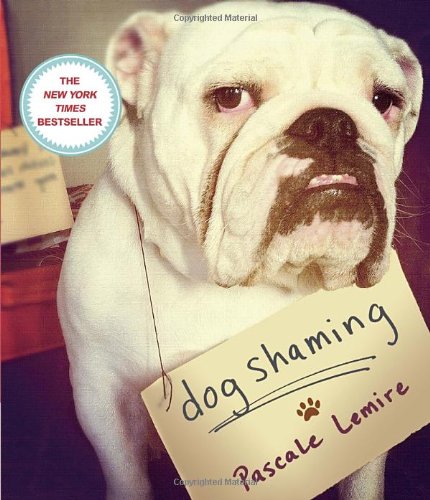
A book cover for Dog Shaming; Pascale Lemire; Humor & Entertainment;